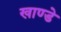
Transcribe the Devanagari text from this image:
खाण्डे